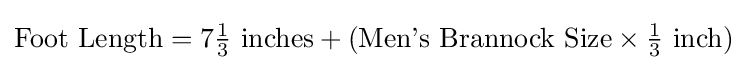
{\text{Foot Length}}=7{\tfrac {1}{3}}{\text{ inches}}+({\text{Men's Brannock Size}}\times {\tfrac {1}{3}}{\text{ inch}})